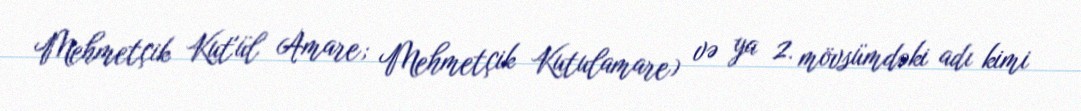
Mehmetçik Kut'ül Amare; Mehmetçik Kutulamare) və ya 2. mövsümdəki adı kimi